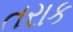
તરાક